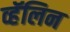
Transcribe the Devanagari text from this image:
व्हॅलिन